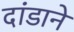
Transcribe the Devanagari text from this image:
दांडाने